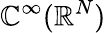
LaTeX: \mathbb{C}^{\infty}(\mathbb{{R}}^{N})